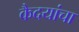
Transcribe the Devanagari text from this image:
कैदयांचा